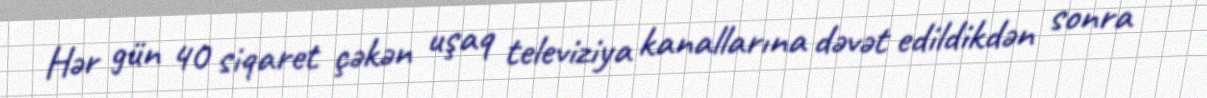
Hər gün 40 siqaret çəkən uşaq televiziya kanallarına dəvət edildikdən sonra